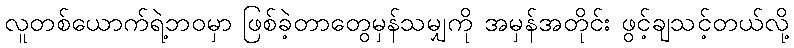
လူတစ်ယောက်ရဲ့ဘဝမှာ ဖြစ်ခဲ့တာတွေမှန်သမျှကို အမှန်အတိုင်း ဖွင့်ချသင့်တယ်လို့